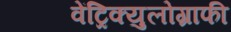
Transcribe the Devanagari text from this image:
वेंट्रिक्युलोग्राफी